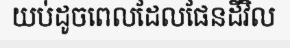
យប់ដូចពេលដែលផែនដីវិល